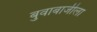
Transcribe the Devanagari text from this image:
बुवाबाजीला